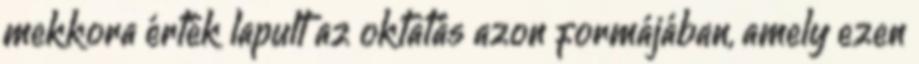
mekkora érték lapult az oktatás azon formájában, amely ezen